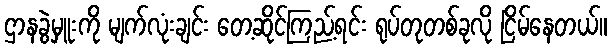
ဌာနခွဲမှူးကို မျက်လုံးချင်း တေ့ဆိုင်ကြည့်ရင်း ရုပ်တုတစ်ခုလို ငြိမ်နေတယ်။